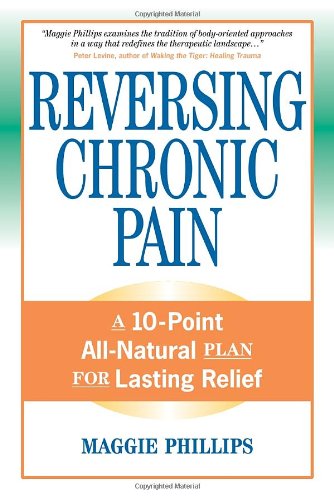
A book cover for Reversing Chronic Pain: A 10-Point All-Natural Plan for Lasting Relief; Maggie Phillips; Health, Fitness & Dieting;